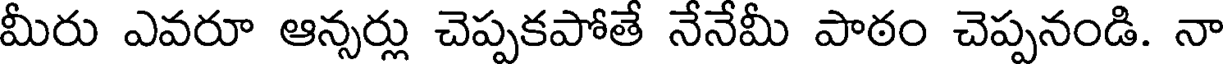
మీరు ఎవరూ ఆన్సర్లు చెప్పకపోతే నేనేమీ పాఠం చెప్పనండి. నా